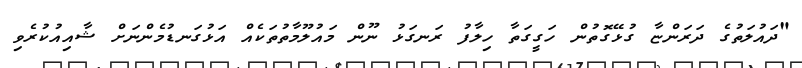
"ދައުލަތުގެ ދަރަންޏާ ގުޅޭގޮތުން ހަގީގަތާ ހިލާފު ރަނގަޅު ނޫން މައުލޫމާތުތަކެއް އަޅުގަނޑުމެންނަށް ޝާއިއުކުރެވި